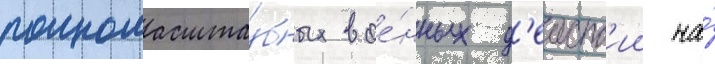
полномасшта́бных вое́нных д'еиств'ии на́